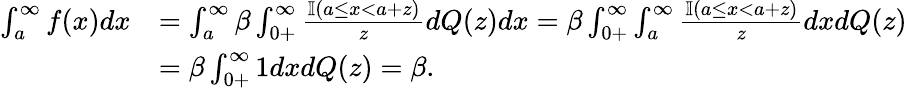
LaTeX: \begin{array}{rl}{\int_{a}^{\infty}f(x)dx}&{=\int_{a}^{\infty}\beta\int_{0+}^{\infty}\frac{\mathbb{I}(a\leq x<a+z)}{z}dQ(z)dx=\beta\int_{0+}^{\infty}\int_{a}^{\infty}\frac{\mathbb{I}(a\leq x<a+z)}{z}dxdQ(z)}\\ &{=\beta\int_{0+}^{\infty}1dxdQ(z)=\beta.}\end{array}